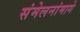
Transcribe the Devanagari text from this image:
संमेलनांमागे